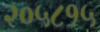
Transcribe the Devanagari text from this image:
२०५८१५